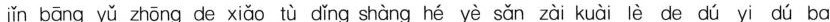
jǐn bāng yǔ zhōng de xiǎo tù dǐng shàng hé yè sǎn zài kuài lè de dú yi dú ba